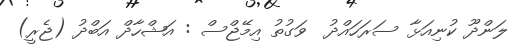
ލަންދޫ ކުނިއަޅާ ސަރަހައްދު  ވަގުތު އިމޭޖްސް : އަޝްހާދް އަބްދު (ޖެރީ)